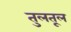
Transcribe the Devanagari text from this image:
तुलतूल